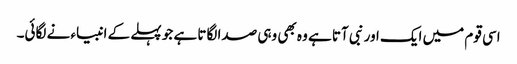
اسی قوم میں ایک اور نبی آتا ہے وہ بھی وہی صدا لگاتا ہے جو پہلے کے انبیاء نے لگائی۔